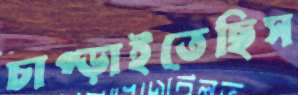
চাপ্‌ড়াইতেছিস